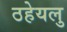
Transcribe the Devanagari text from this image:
ठहेयलु